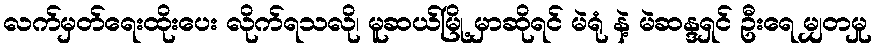
လက်မှတ်ရေးထိုးပေး လိုက်ရသလို၊ မူဆယ်မြို့ မှာဆိုရင် မဲရုံ နဲ့ မဲဆန္ဒရှင် ဦးရေ မျှတမှု